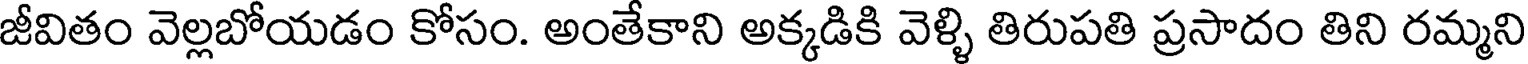
జీవితం వెల్లబోయడం కోసం. అంతేకాని అక్కడికి వెళ్ళి తిరుపతి ప్రసాదం తిని రమ్మని